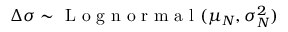
\Delta \sigma \sim \mathrm { ~ L ~ o ~ g ~ n ~ o ~ r ~ m ~ a ~ l ~ } ( \mu _ { N } , \sigma _ { N } ^ { 2 } )